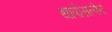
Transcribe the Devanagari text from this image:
थापोसल्फेट